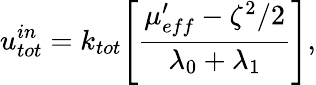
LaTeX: u_{tot}^{in}=k_{tot}\Bigg[\frac{\mu_{eff}^{\prime}-\zeta^{2}/2}{\lambda_{0}+\lambda_{1}}\Bigg],